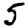
Digit: 5